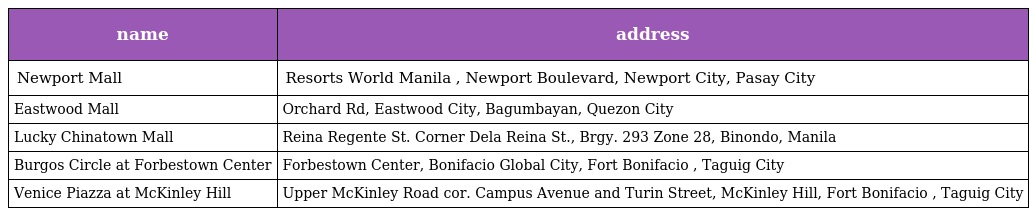
| name | address |
 | --- | --- |
 | Newport Mall | Resorts World Manila , Newport Boulevard, Newport City, Pasay City |
 | Eastwood Mall | Orchard Rd, Eastwood City, Bagumbayan, Quezon City |
 | Lucky Chinatown Mall | Reina Regente St. Corner Dela Reina St., Brgy. 293 Zone 28, Binondo, Manila |
 | Burgos Circle at Forbestown Center | Forbestown Center, Bonifacio Global City, Fort Bonifacio , Taguig City |
 | Venice Piazza at McKinley Hill | Upper McKinley Road cor. Campus Avenue and Turin Street, McKinley Hill, Fort Bonifacio , Taguig City |